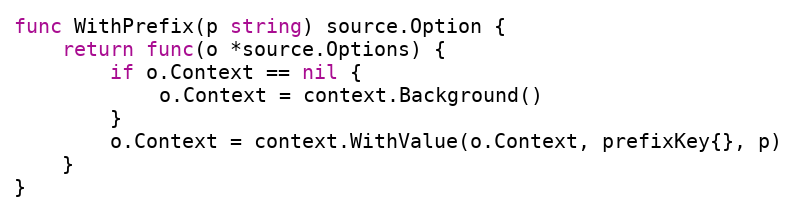
Language: Go
func WithPrefix(p string) source.Option {
	return func(o *source.Options) {
		if o.Context == nil {
			o.Context = context.Background()
		}
		o.Context = context.WithValue(o.Context, prefixKey{}, p)
	}
}